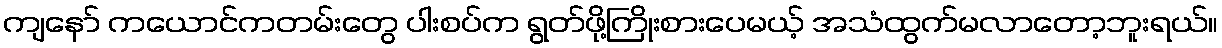
ကျနော် ကယောင်ကတမ်းတွေ ပါးစပ်က ရွတ်ဖို့ကြိုးစားပေမယ့် အသံထွက်မလာတော့ဘူးရယ်။